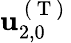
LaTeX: \mathbf{u}_{2,0}^{\mathrm{~(~T~)~}}